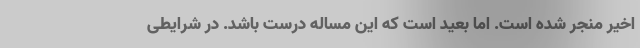
اخیر منجر شده است. اما بعید است که این مساله درست باشد. در شرایطی